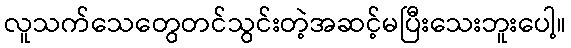
လူသက်သေတွေတင်သွင်းတဲ့အဆင့်မပြီးသေးဘူးပေါ့။